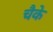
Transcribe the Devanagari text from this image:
चैके